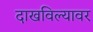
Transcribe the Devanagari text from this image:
दाखविल्यावर